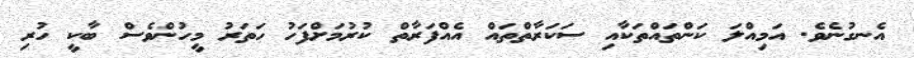
އެނގުނެވެ. އަމިއްލަ ކަންތައްތަކާއި ސަކަރާތްތައް އެއްފަރާތް ކުރުމަށްފަހު ހަތަރު މީހުންވެސް ބާކީ ހުރި